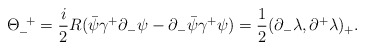
\begin{align*}{\Theta}_-^{\;\;+}=\frac{i}{2}R(\bar{\psi}{\gamma}^+{\partial}_-{\psi}-{\partial}_-\bar{\psi}{\gamma}^+{\psi}) =\frac{1}{2}({\partial}_-{\lambda},{\partial}^+{\lambda})_+. \end{align*}